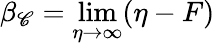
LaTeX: \beta_{\mathscr{C}}=\operatorname*{lim}_{\eta\rightarrow\infty}(\eta-F)